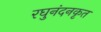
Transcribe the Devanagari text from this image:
रघुनंदनकृत